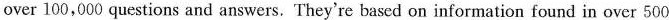
over 100,000 questions and answers. They're based ou information found in over 500